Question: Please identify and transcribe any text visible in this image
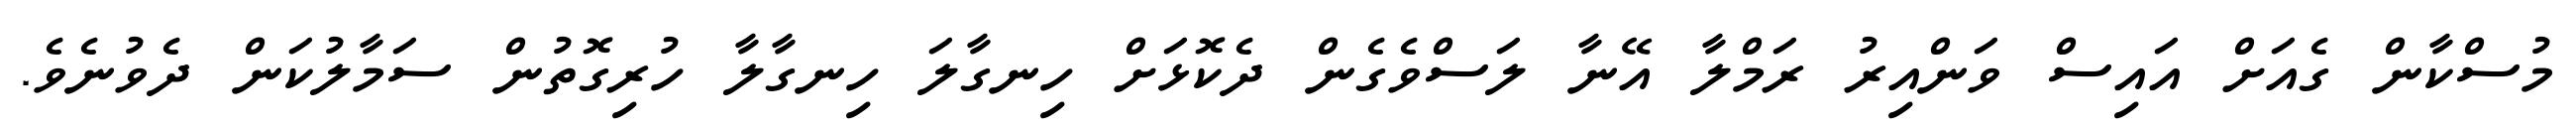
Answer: މުސްކާން ގެއަށް އައިސް ވަންއިރު ރަމްލާ އޭނާ ލަސްވެގެން ދެކޮޅަށް ހިނގާލަ ހިނގާލާ ހުރިގޮތުން ސަމާލުކަން ދެވުނެވެ.